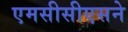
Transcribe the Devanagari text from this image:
एमसीसीएसने